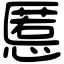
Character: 慝